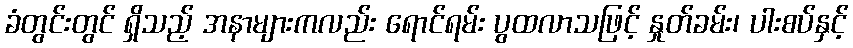
ခံတွင်းတွင် ရှိသည့် အနာများကလည်း ရောင်ရမ်း ပွထလာသဖြင့် နှုတ်ခမ်း၊ ပါးစပ်နှင့်